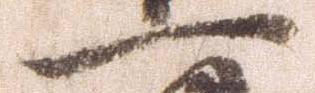
一